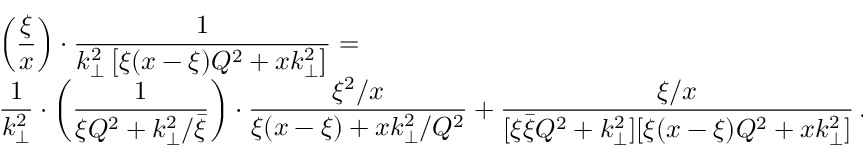
\begin{array} { r l } { { } } & { { \displaystyle \left( { \frac { \xi } { x } } \right) \cdot { \frac { 1 } { { k _ { \perp } ^ { 2 } } \left[ \xi ( x - \xi ) Q ^ { 2 } + x k _ { \perp } ^ { 2 } \right] } } = } } \\ { { } } & { { \displaystyle { \frac { 1 } { k _ { \perp } ^ { 2 } } } \cdot \left( { \frac { 1 } { \xi Q ^ { 2 } + k _ { \perp } ^ { 2 } / \bar { \xi } } } \right) \cdot { \frac { \xi ^ { 2 } / x } { \xi ( x - \xi ) + x k _ { \perp } ^ { 2 } / Q ^ { 2 } } } + { \frac { \xi / x } { [ \xi \bar { \xi } Q ^ { 2 } + k _ { \perp } ^ { 2 } ] [ \xi ( x - \xi ) Q ^ { 2 } + x k _ { \perp } ^ { 2 } ] } } \, . } } \end{array}